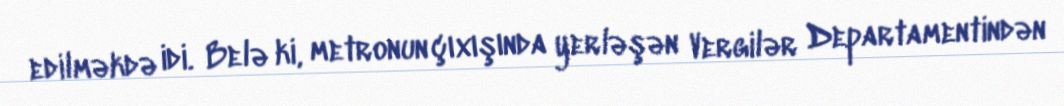
edilməkdə idi. Belə ki, metronun çıxışında yerləşən Vergilər Departamentindən